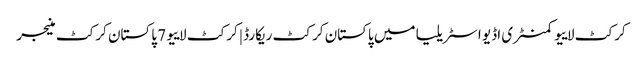
کرکٹ لاییو کمنٹری اڈیو اسٹریلیا میں پاکستان کرکٹ ریکارڈ | کرکٹ لاییو 7 پاکستان کرکٹ منیجر